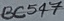
Text: BC547